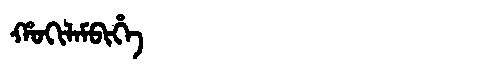
Manchu: ᡥᠣᡴᡳᠯᠠᠮᠪᡳᡥᡝ
Romanization: HOKILAMBIHE